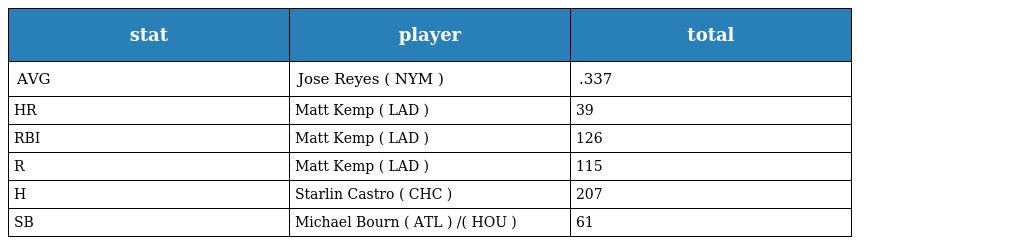
| stat | player | total |
 | --- | --- | --- |
 | AVG | Jose Reyes ( NYM ) | .337 |
 | HR | Matt Kemp ( LAD ) | 39 |
 | RBI | Matt Kemp ( LAD ) | 126 |
 | R | Matt Kemp ( LAD ) | 115 |
 | H | Starlin Castro ( CHC ) | 207 |
 | SB | Michael Bourn ( ATL ) /( HOU ) | 61 |